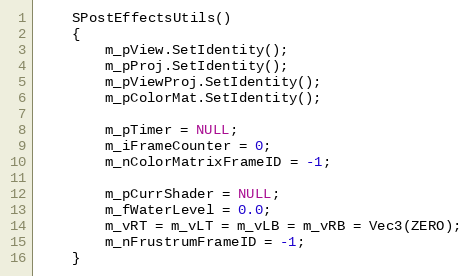
Language: C
	SPostEffectsUtils()
	{
		m_pView.SetIdentity();
		m_pProj.SetIdentity();
		m_pViewProj.SetIdentity();
		m_pColorMat.SetIdentity();

		m_pTimer = NULL;
		m_iFrameCounter = 0;
		m_nColorMatrixFrameID = -1;

		m_pCurrShader = NULL;
		m_fWaterLevel = 0.0;
		m_vRT = m_vLT = m_vLB = m_vRB = Vec3(ZERO);
		m_nFrustrumFrameID = -1;
	}